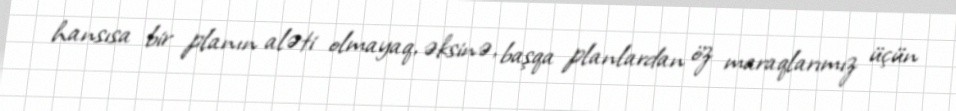
hansısa bir planın aləti olmayaq, əksinə, başqa planlardan öz maraqlarımız üçün